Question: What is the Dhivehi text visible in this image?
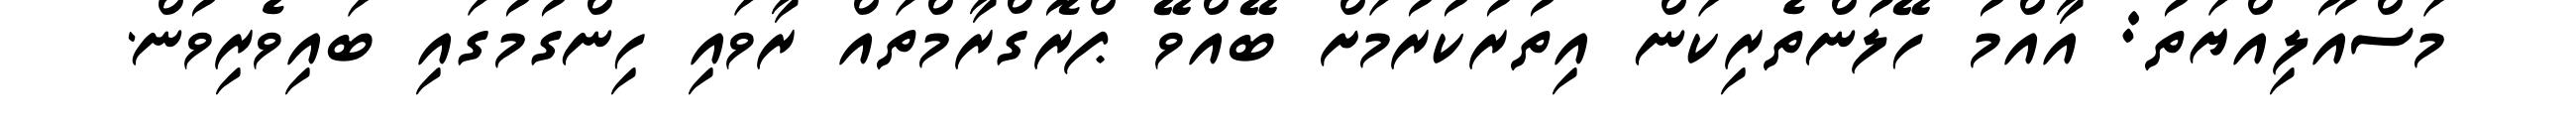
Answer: މަސްއޫލިއްޔަތު: އާއްމު ހޭލުންތެރިކަން އިތުރުކުރުމަށް ބޭއްވޭ ޕްރޮގްރާމްތައް ރާވައި ހިންގުމުގައި ބައިވެރިވުން.